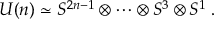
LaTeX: U ( n ) \simeq S ^ { 2 n - 1 } \otimes \cdots \otimes S ^ { 3 } \otimes S ^ { 1 } \; .